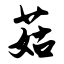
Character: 菇